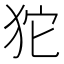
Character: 𤝛